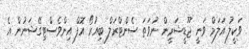
ވަކީލު އަލަމް ވަނީ ޖޫޑީޝަރީން ނުވަތަ ސެންޓްރަލް ބިއުރޯ އޮފް އިންވެސްޓިގޭޝަނުން އެ